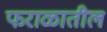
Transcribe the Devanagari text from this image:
फराळातील